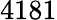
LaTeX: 4181